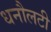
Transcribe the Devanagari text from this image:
धनौलटी